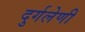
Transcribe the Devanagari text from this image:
दुर्गलेणी